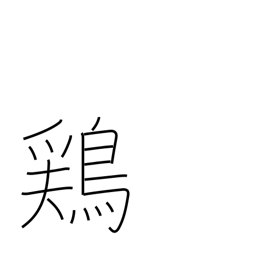
Meaning: chicken